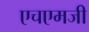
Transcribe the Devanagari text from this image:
एचएमजी